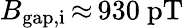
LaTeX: B_{\mathrm{gap,i}}\, {\approx}\, 930~\mathrm{pT}